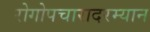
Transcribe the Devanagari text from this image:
रोगोपचारादरम्यान